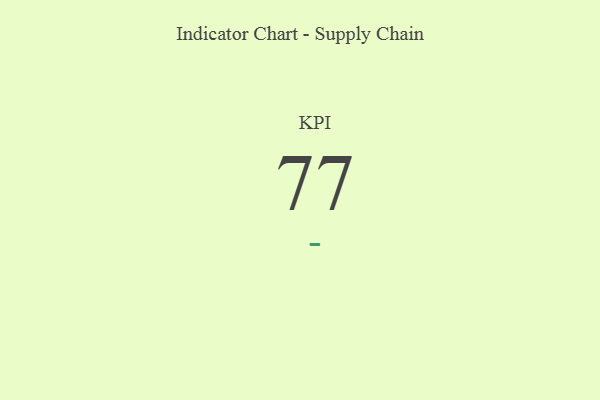
{"axis": {"x": "KPI", "y": "Value"}, "legend": [""], "data": [{"x": "KPI", "y": 77, "type": ""}]}